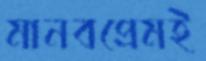
মানবপ্রেমই